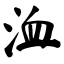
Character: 洫